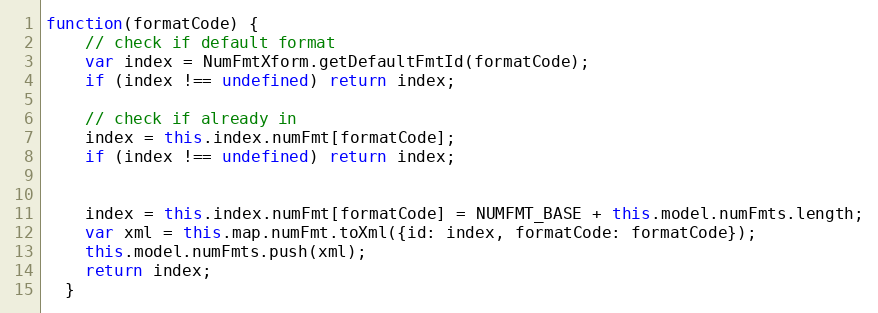
Language: JavaScript
function(formatCode) {
    // check if default format
    var index = NumFmtXform.getDefaultFmtId(formatCode);
    if (index !== undefined) return index;

    // check if already in
    index = this.index.numFmt[formatCode];
    if (index !== undefined) return index;

    index = this.index.numFmt[formatCode] = NUMFMT_BASE + this.model.numFmts.length;
    var xml = this.map.numFmt.toXml({id: index, formatCode: formatCode});
    this.model.numFmts.push(xml);
    return index;
  }